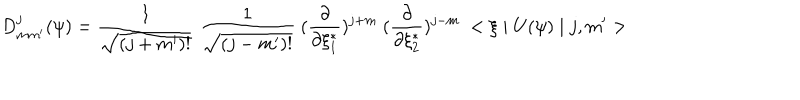
D _ { m m ^ { \prime } } ^ { j } ( \psi ) = \frac { 1 } { \sqrt { ( j + m ^ { \prime } ) ! } } ~ \frac { 1 } { \sqrt { ( j - m ^ { \prime } ) ! } } ~ ( \frac { \partial } { \partial \xi _ { 1 } ^ { * } } ) ^ { j + m } ~ ( \frac { \partial } { \partial \xi _ { 2 } ^ { * } } ) ^ { j - m } ~ < \xi \mid U ( \psi ) \mid j , m ^ { \prime } >